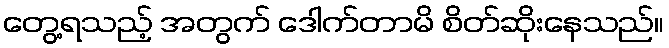
တွေ့ရသည့် အတွက် ဒေါက်တာမိ စိတ်ဆိုးနေသည်။